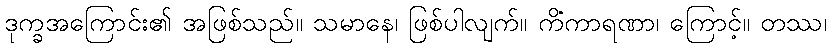
ဒုက္ခအကြောင်း၏ အဖြစ်သည်။ သမာနေ၊ ဖြစ်ပါလျက်။ ကိံကာရဏာ၊ ကြောင့်။ တဿ၊